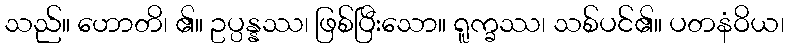
သည်။ ဟောတိ၊ ၏။ ဥပ္ပန္နဿ၊ ဖြစ်ပြီးသော။ ရူက္ခဿ၊ သစ်ပင်၏။ ပတနံဝိယ၊